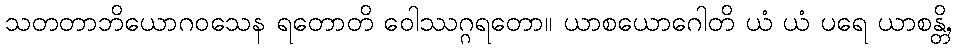
သတတာဘိယောဂဝသေန ရတောတိ ဝေါဿဂ္ဂရတော။ ယာစယောဂေါတိ ယံ ယံ ပရေ ယာစန္တိ,